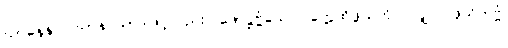
ဃာနေနပိ၊ ဃာနပသာဒဖြင့်လည်း။ ဖောဋ္ဌဗ္ဗံယေဝ၊ တွေ့ထိဖွယ်ကိုပင်လျှင်။ ဖုသိတဗ္ဗံ၊